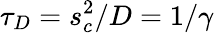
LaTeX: \tau_{D}=s_{c}^{2}/D=1/\gamma